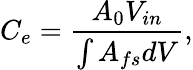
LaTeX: C_{e}=\frac{A_{0}V_{in}}{\int{A_{fs}dV}},